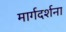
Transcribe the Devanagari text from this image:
मार्गदर्शना